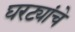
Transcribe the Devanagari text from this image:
घरट्यांचे